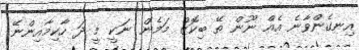
އިނގެންވާނެ އެއް ނޫން ތޭ ބިކޮޒް މަމެން ނަކީ މީ ދަ ހާކިމާއިންނޭ